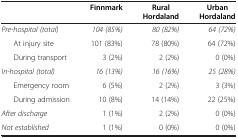
<table><thead><tr><td><b> </b></td><td><b>Finnmark</b></td><td><b>Rural Hordaland</b></td><td><b>Urban Hordaland</b></td></tr></thead><tbody><tr><td><i>Pre-hospital (total)</i></td><td><i>104 (85%)</i></td><td><i>80 (82%)</i></td><td><i>64 (72%)</i></td></tr><tr><td>At injury site</td><td>101 (83%)</td><td>78 (80%)</td><td>64 (72%)</td></tr><tr><td>During transport</td><td>3 (2%)</td><td>2 (2%)</td><td>0 (0%)</td></tr><tr><td><i>In-hospital (total)</i></td><td><i>16 (13%)</i></td><td><i>16 (16%)</i></td><td><i>25 (28%)</i></td></tr><tr><td>Emergency room</td><td>6 (5%)</td><td>2 (2%)</td><td>3 (3%)</td></tr><tr><td>During admission</td><td>10 (8%)</td><td>14 (14%)</td><td>22 (25%)</td></tr><tr><td><i>After discharge</i></td><td>1 (1%)</td><td>2 (2%)</td><td>0 (0%)</td></tr><tr><td><i>Not established</i></td><td>1 (1%)</td><td>0 (0%)</td><td>0 (0%)</td></tr></tbody></table>